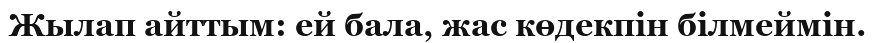
Жылап айттым: ей бала, жас көдекпін білмеймін.